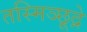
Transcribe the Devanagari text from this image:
तस्मिञ्छूद्रे